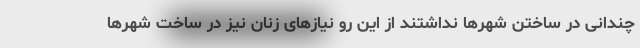
چندانی در ساختن شهرها نداشتند از این رو نیازهای زنان نیز در ساخت شهرها